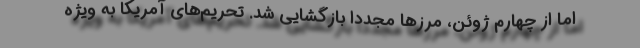
اما از چهارم ژوئن، مرزها مجددا بازگشایی شد. تحریم‌های آمریکا به ویژه